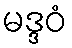
မဒ္ဒဝံ